Document type: Sale
Year: 1354
Scribe: Bernat de Torre
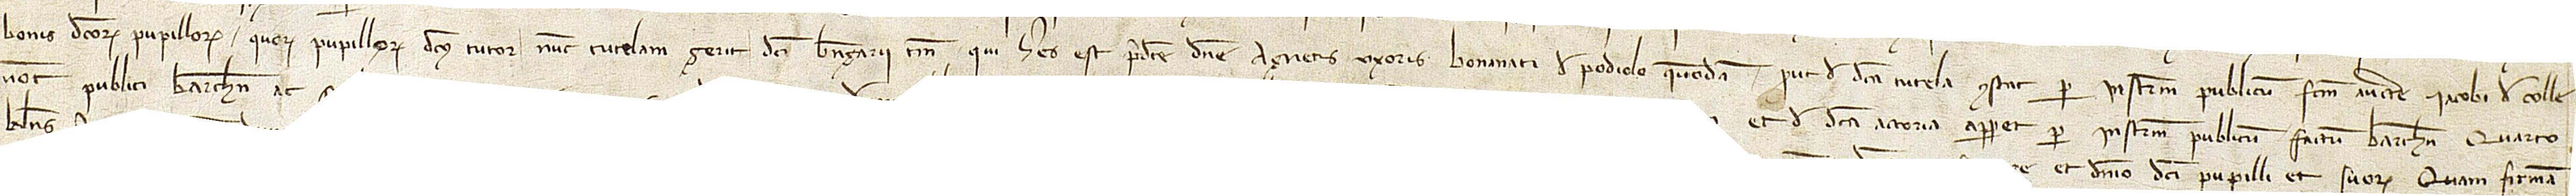
bonis dictorum pupillorum, quorum pupillorum dictus tutor nunc tutelam gerit dicti Berengarii, tamen qui heres est predicte domine Agnetis, uxoris Bonanati de Podiolo, quondam, prout de dicta tutela constat per instrumentum publicum factum auctoritate Iacobi de Colle,